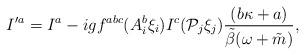
LaTeX: \begin{align*} I^{\prime a}=I^a-igf^{abc}(A_i^b\xi_i)I^c({\cal P}_j\xi_j)\frac{(b\kappa+a)} {\tilde \beta (\omega+\tilde m)},\end{align*}